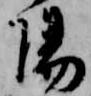
陽